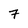
Character: 7